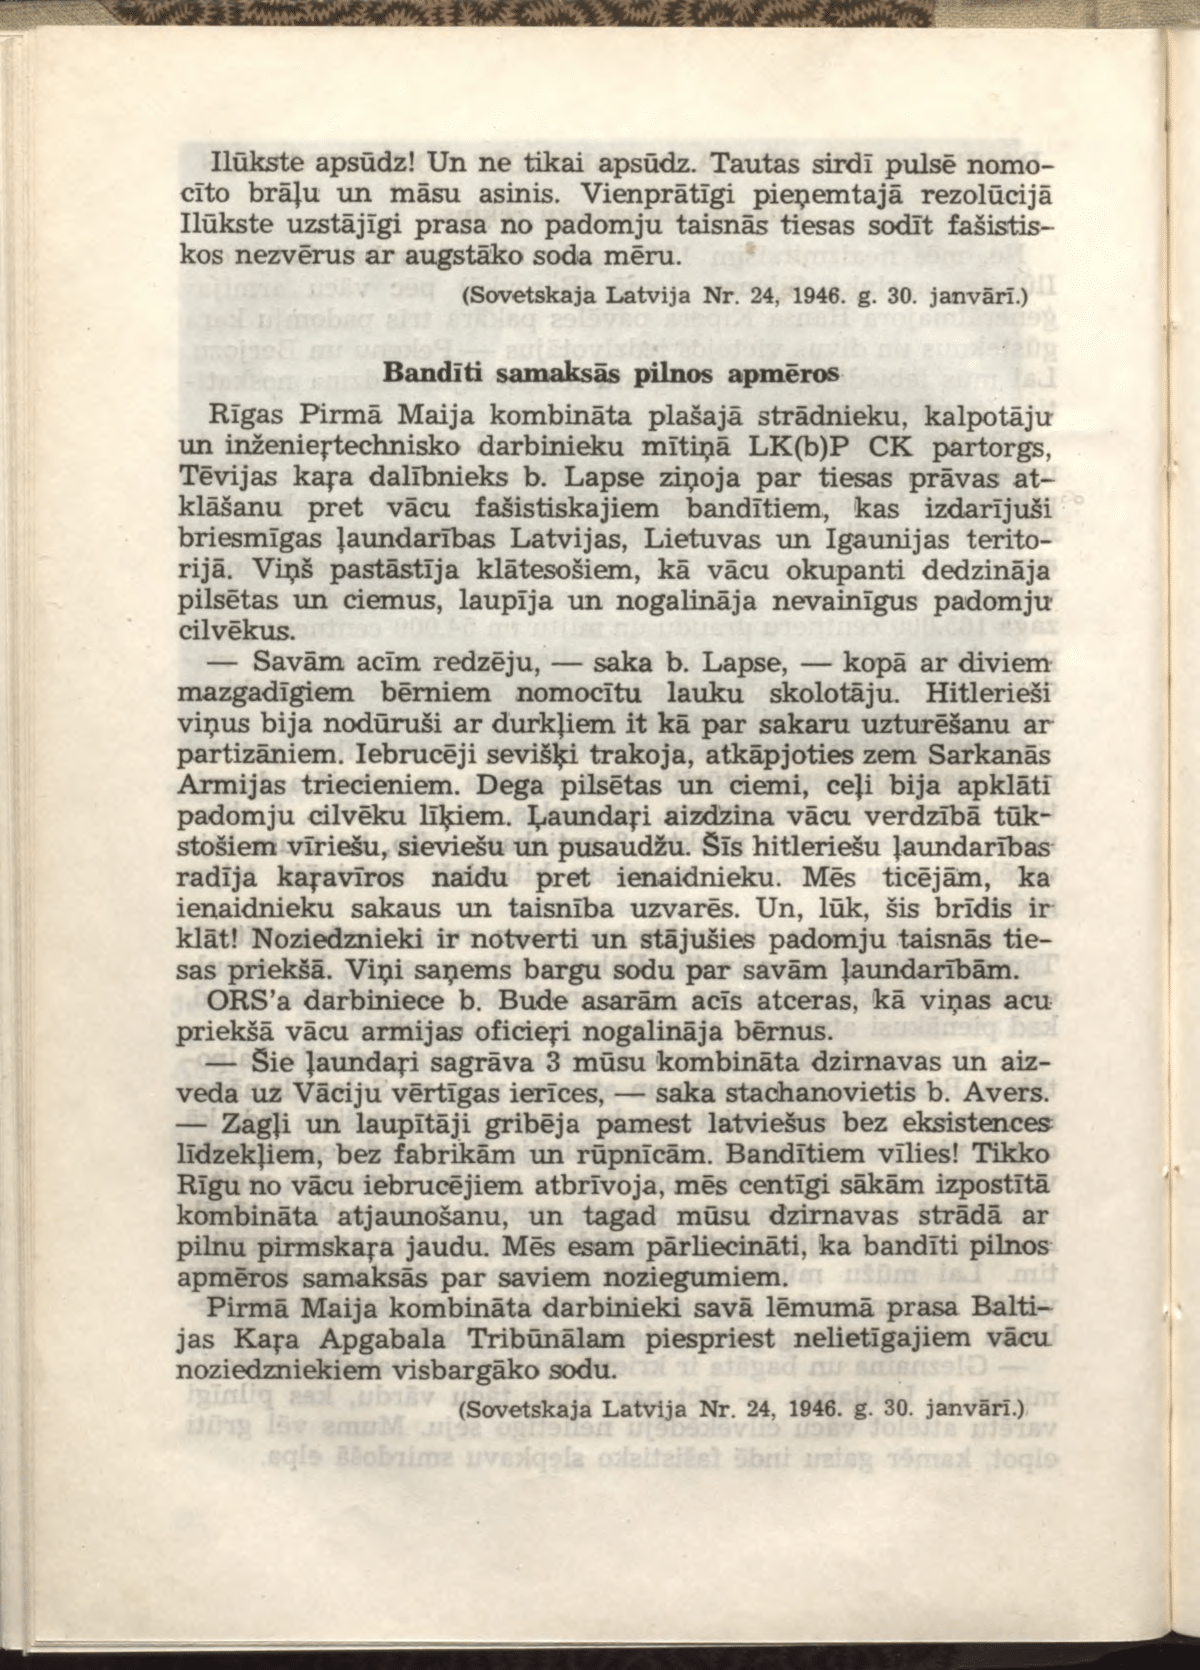
Language: lv